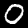
Label: 0